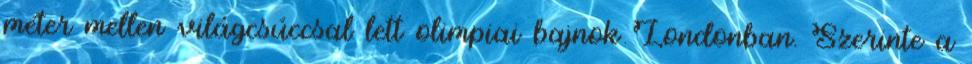
méter mellen világcsúccsal lett olimpiai bajnok Londonban. Szerinte a